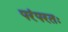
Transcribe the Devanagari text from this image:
परंपरतः